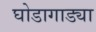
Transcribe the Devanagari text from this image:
घोडागाड्या